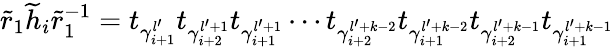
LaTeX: \widetilde{r}_{1}\widetilde{h}_{i}\widetilde{r}_{1}^{-1}=t_{\gamma_{i+1}^{l^{\prime}}}t_{\gamma_{i+2}^{l^{\prime}+1}}t_{\gamma_{i+1}^{l^{\prime}+1}}\cdots t_{\gamma_{i+2}^{l^{\prime}+k-2}}t_{\gamma_{i+1}^{l^{\prime}+k-2}}t_{\gamma_{i+2}^{l^{\prime}+k-1}}t_{\gamma_{i+1}^{l^{\prime}+k-1}}